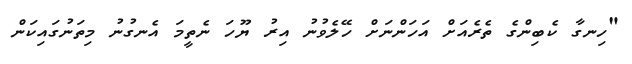
"ހިނގާ ކެބިންގެ ތެރެއަށް އަހަންނަށް ހޭލެވުނު އިރު ޔޫހަ ނެތީމަ އެނގުނު މިތަނުގައިކަން